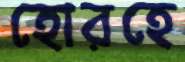
হোরহে